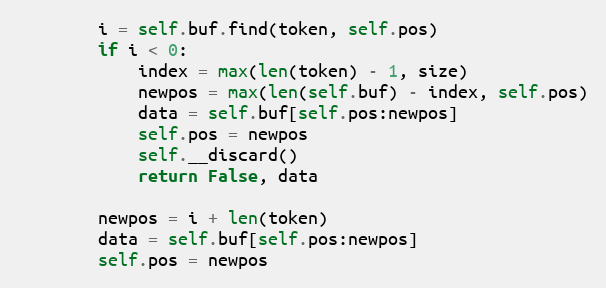
Language: Python
        i = self.buf.find(token, self.pos)
        if i < 0:
            index = max(len(token) - 1, size)
            newpos = max(len(self.buf) - index, self.pos)
            data = self.buf[self.pos:newpos]
            self.pos = newpos
            self.__discard()
            return False, data

        newpos = i + len(token)
        data = self.buf[self.pos:newpos]
        self.pos = newpos